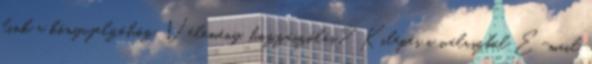
link a könyvjelzőhöz. Vélemény, hozzászólás? Kilépés a válaszból E-mail